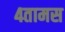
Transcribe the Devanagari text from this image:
४तामस